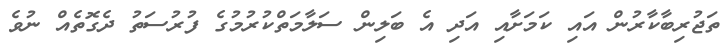
ތަޖުރިބާކާރުން އައި ކަމަށާއި އަދި އެ ބަލިން ސަލާމަތްކުރުމުގެ ފުރުސަތު ދެގޮތެއް ނުވެ